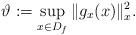
LaTeX: \begin{align*} \vartheta := \sup_{x\in D_f} \|g_x(x)\|_x^2.\end{align*}